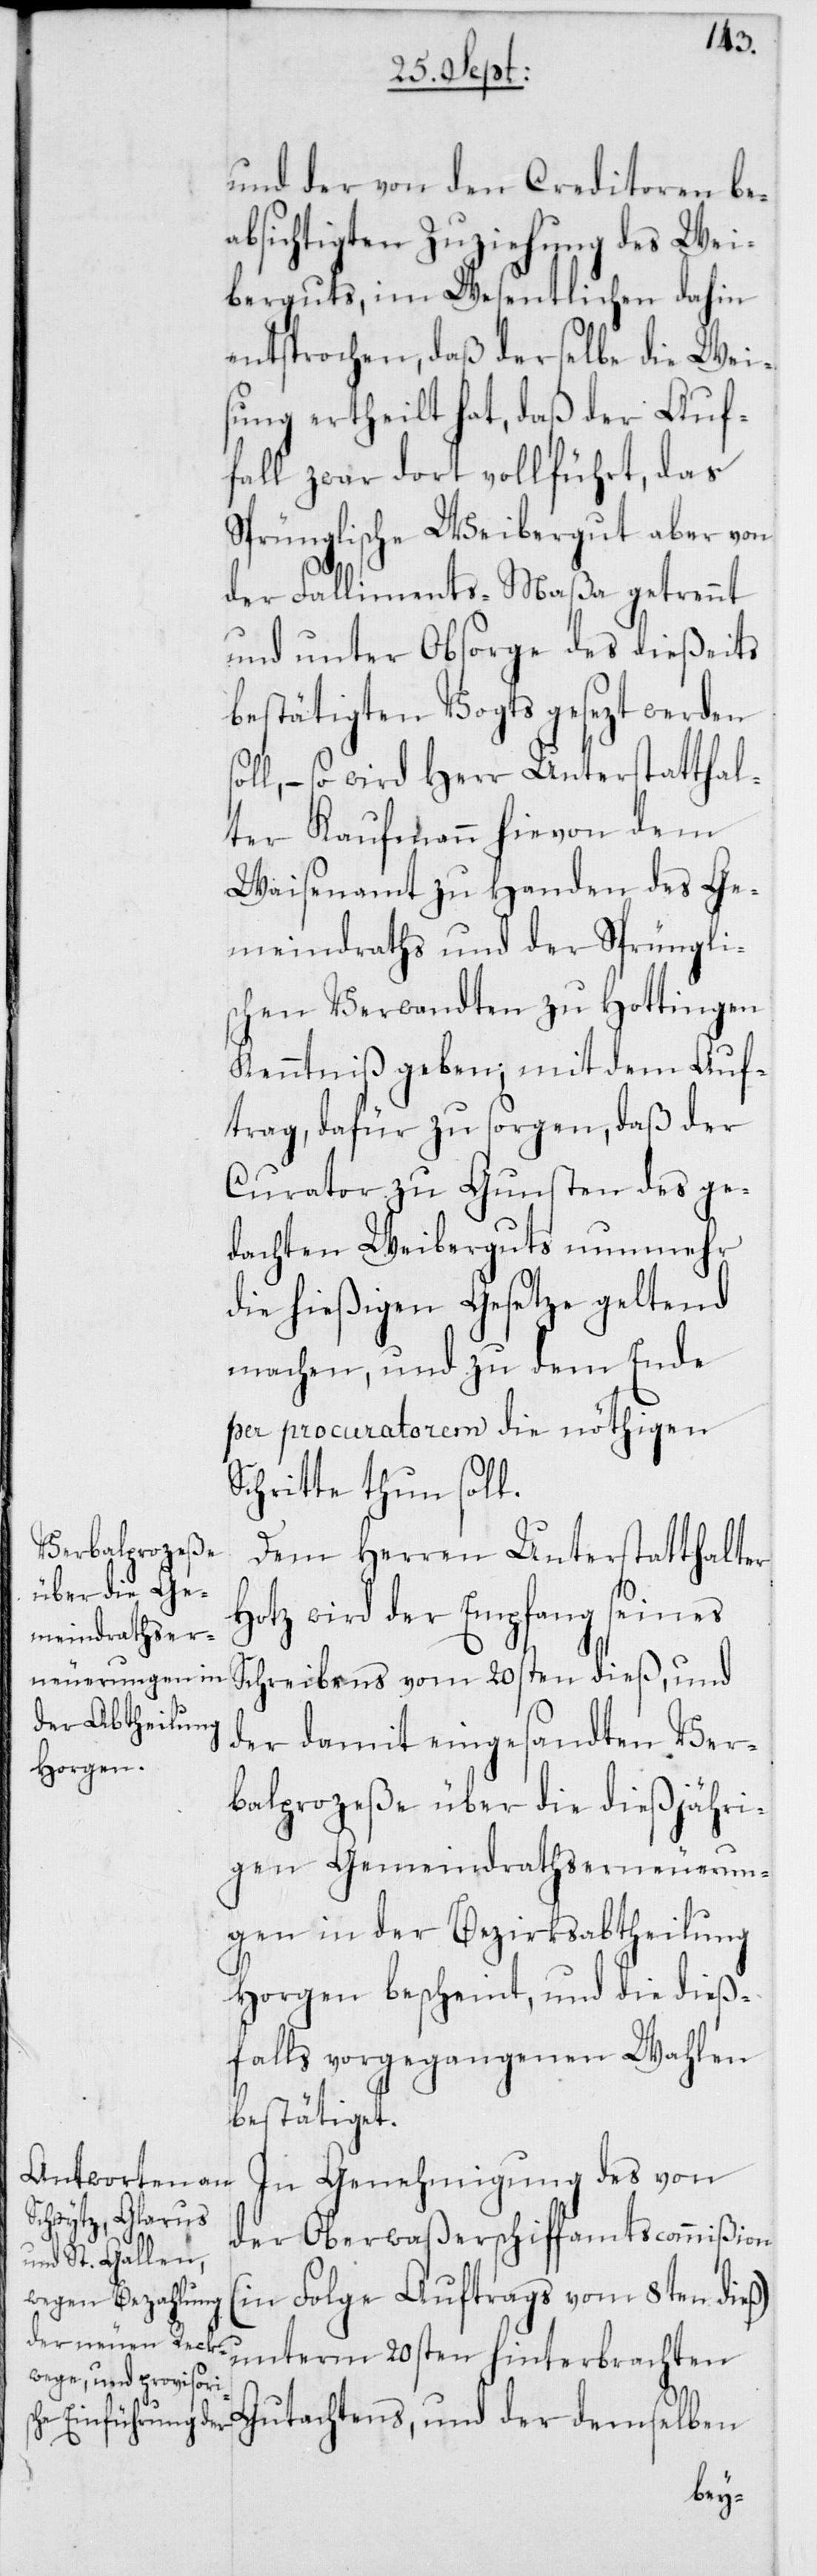
und der von den Creditoren be¬
absichtigten Zuziehung des Wei¬
berguts, im Wesentlichen dahin
entsprochen, daß derselbe die Wei¬
sung ertheilt hat, daß der Auf¬
fall zwar dort vollführt, das
Sprünglische Weibergut aber von
der Falliments-Maßa getrennt
und unter Obsorge des dießeits
bestätigten Vogts gesezt werden
– so wird Herr Unterstatthal¬
ter Kaufmann hievon dem
Waisenamt zu Handen des Ge¬
meindraths und der Sprünglis¬
chen Verwandten zu Hottingen
Kenntniß geben; mit dem Auf¬
trag, dafür zu sorgen, daß der
Curathor zu Gunsten des ge¬
dachten Weiberguts nunmehr
die hießigen Gesetze geltend
machen, und zu dem Ende
per procuratorem die nöthigen
Schritte thun soll.
Dem Herren Unterstatthalter
Hotz wird der Empfang seines
Schreibens vom 20sten dieß, und
der damit eingesandten Ver¬
balprozeße über die dießjähri¬
gen Gemeindrathserneuerun¬
gen in der Bezirksabtheilung
Horgen bescheint, und die dieß¬
falls vorgegangenen Wahlen
bestätiget.
In Genehmigung des von
der Oberwaßerschiffamtscommißion
(in Folge Auftrags vom 8ten dieß)
unterm 20sten hinterbrachten
Gutachtens, und der demselben